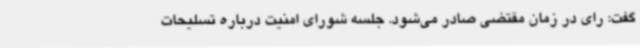
گفت: رای در زمان مقتضی صادر می‌شود. جلسه شورای امنیت درباره تسلیحات